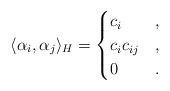
\begin{align*}\langle \alpha_i, \alpha_j \rangle_H = \begin{cases}c_i&,\\c_ic_{ij}&,\\0&.\end{cases}\end{align*}